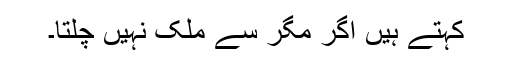
کہتے ہیں اگر مگر سے ملک نہیں چلتا۔